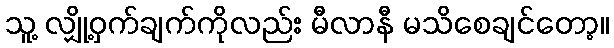
သူ့ လျှို့ဝှက်ချက်ကိုလည်း မီလာနီ မသိစေချင်တော့။